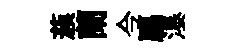
蔟蘭今臈瀑